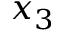
x _ { 3 }